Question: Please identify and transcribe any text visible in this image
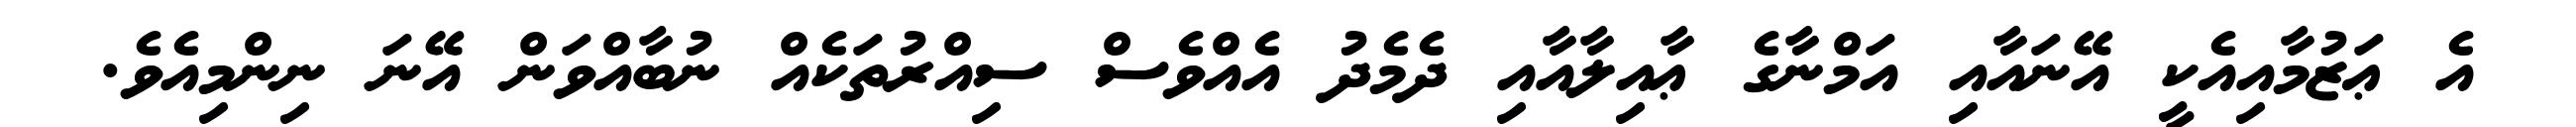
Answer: އެ ޢަޒުމާއިއެކީ އޭނައާއި އަމްނާގެ ޢާއިލާއާއި ދެމެދު އެއްވެސް ސިއްރުތަކެއް ނުބާއްވަން އޭނަ ނިންމިއެވެ.